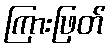
ကြားဖြတ်